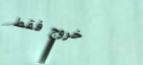
خروج فقط